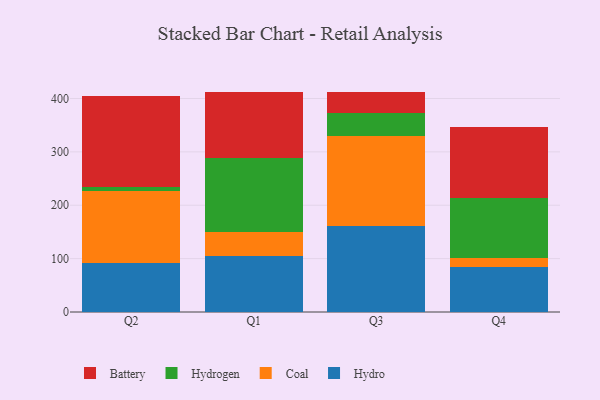
{"axis": {"x": "Quarter", "y": "Backlog"}, "legend": ["Battery", "Coal", "Hydro", "Hydrogen"], "data": [{"x": "Q2", "y": 90.9, "type": "Hydro"}, {"x": "Q2", "y": 135.9, "type": "Coal"}, {"x": "Q2", "y": 7.9, "type": "Hydrogen"}, {"x": "Q2", "y": 170.6, "type": "Battery"}, {"x": "Q1", "y": 104.0, "type": "Hydro"}, {"x": "Q1", "y": 45.9, "type": "Coal"}, {"x": "Q1", "y": 139.3, "type": "Hydrogen"}, {"x": "Q1", "y": 123.7, "type": "Battery"}, {"x": "Q3", "y": 160.5, "type": "Hydro"}, {"x": "Q3", "y": 168.4, "type": "Coal"}, {"x": "Q3", "y": 43.1, "type": "Hydrogen"}, {"x": "Q3", "y": 40.1, "type": "Battery"}, {"x": "Q4", "y": 85.2, "type": "Hydro"}, {"x": "Q4", "y": 16.9, "type": "Coal"}, {"x": "Q4", "y": 110.9, "type": "Hydrogen"}, {"x": "Q4", "y": 134.2, "type": "Battery"}]}